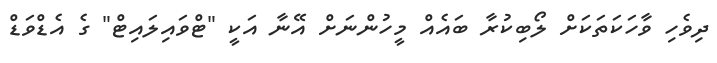
ދިވެހި ވާހަކަތަކަށް ލޯބިކުރާ ބައެއް މީހުންނަށް އޭނާ އަކީ "ޓްވައިލައިޓް" ގެ އެޑްވަޑް